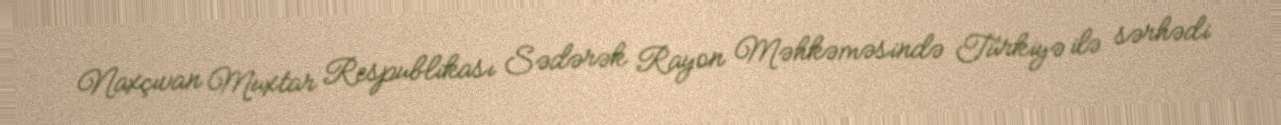
Naxçıvan Muxtar Respublikası Sədərək Rayon Məhkəməsində Türkiyə ilə sərhədi